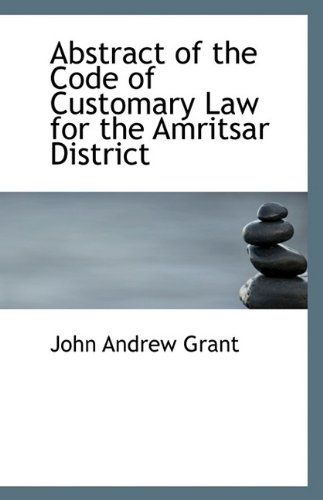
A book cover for Abstract of the Code of Customary Law for the Amritsar District; John Andrew Grant; Law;